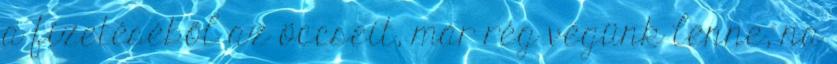
a fizetéséből az öccseit, már rég végünk lenne, na